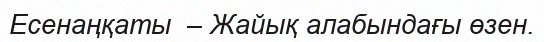
Есенаңқаты  – Жайық алабындағы өзен.